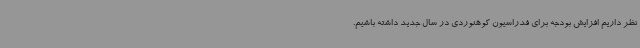
نظر داریم افزایش بودجه برای فدراسیون کوهنوردی در سال جدید داشته باشیم.